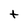
Character: t